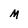
Character: M